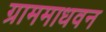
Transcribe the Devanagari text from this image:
ग्राममाधवन